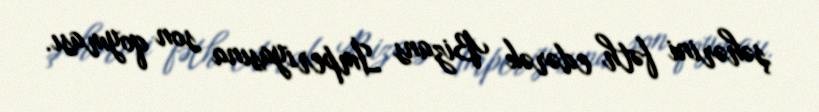
şəhərini fəth edərək Bizans İmperiyasına son qoyması.